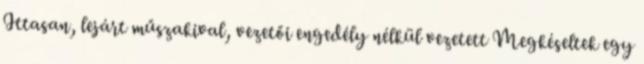
Ittasan, lejárt műszakival, vezetői engedély nélkül vezetett Megkéseltek egy